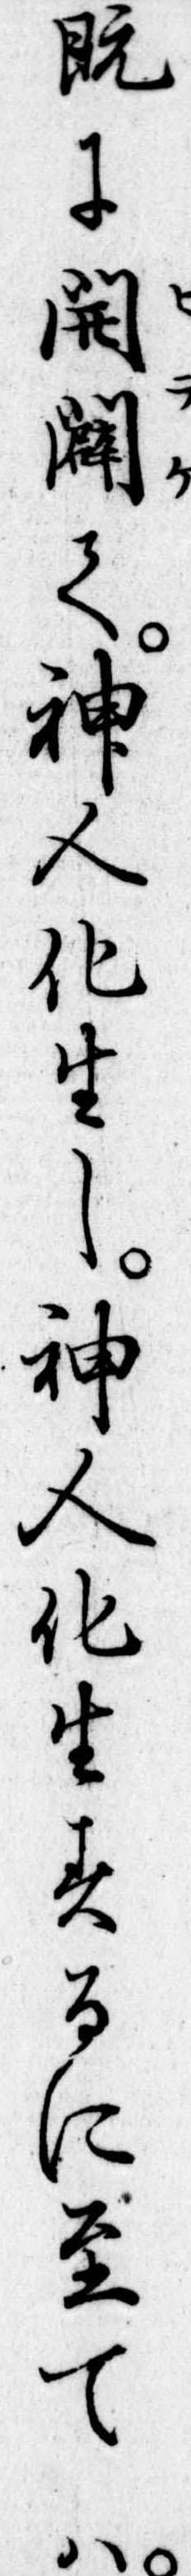
既に開闢て神人化生し神人化生するに至ては